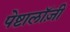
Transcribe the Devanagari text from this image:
पेष्टालॉज़ी